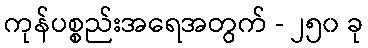
ကုန်ပစ္စည်းအရေအတွက် - ၂၅၀ ခု